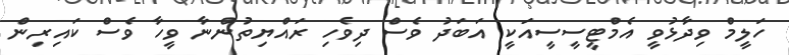
ހަލީމް ވިދާޅުވީ އެމްޓީސީސީއަކީ އަބަދު ވެސް ދިވެހި ރައްޔިތުންނާ ވީހާ ވެސް ކައިރިން